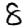
Digit: 8